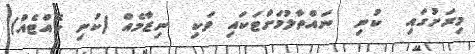
މިރަށުގައި  ކުނި  ނައްތާލުމަށްޓަކައި ވަކި  ނިޒާމެއް (ކުނި ކޮއްޓެއް)